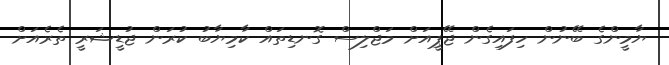
ޔާމީންގެ ބޭނުން ހިފައިގެން ޖޭޕީއަށް މަޖްލިސް ގޮނޑިތައް ކާމިޔާބު ކުރަން ޖުޑީޝަރީ ތެރެއަށް